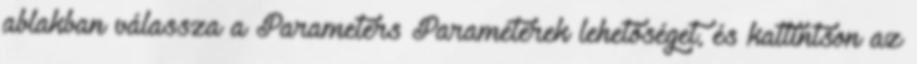
ablakban válassza a Parameters Paraméterek lehetőséget, és kattintson az